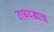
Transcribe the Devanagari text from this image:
ताथवड्याचा